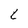
Character: 1